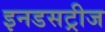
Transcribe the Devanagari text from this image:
इनडसट्रीज